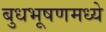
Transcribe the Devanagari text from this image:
बुधभूषणमध्ये